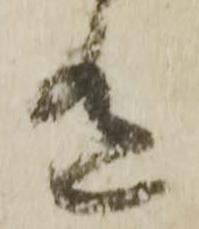
有